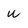
Character: w